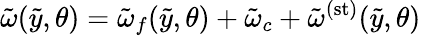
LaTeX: \tilde{\omega}(\tilde{y},\theta)=\tilde{\omega}_{f}(\tilde{y},\theta)+\tilde{\omega}_{c}+\tilde{\omega}^{(\mathrm{st})}(\tilde{y},\theta)